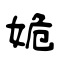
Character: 姽